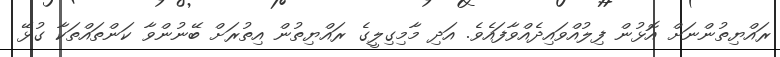
ރައްޔިތުންނަށް އޮޅުން ފިލުއްވައިދެއްވާފައެވެ. އަދި މާމިގިލީގެ ރައްޔިތުން އިތުރަށް ބޭނުންވާ ކަންތައްތަކާ ގުޅޭ